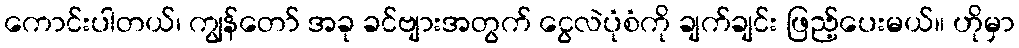
ကောင်းပါတယ်၊ ကျွန်တော် အခု ခင်ဗျားအတွက် ငွေလဲပုံစံကို ချက်ချင်း ဖြည့်ပေးမယ်။ ဟိုမှာ